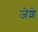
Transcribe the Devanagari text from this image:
जेशे